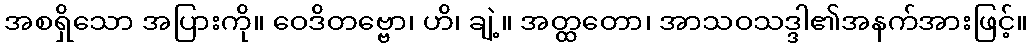
အစရှိသော အပြားကို။ ဝေဒိတဗ္ဗော၊ ဟိ၊ ချဲ့။ အတ္ထတော၊ အာသဝသဒ္ဒါ၏အနက်အားဖြင့်။